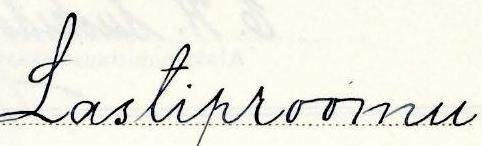
Lastiproomu